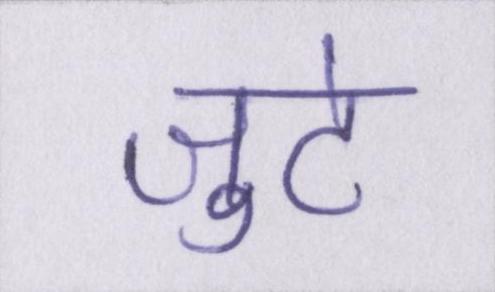
जुटे